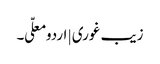
زیب غوری | اردو معلّی ۔